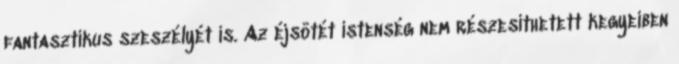
fantasztikus szeszélyét is. Az éjsötét istenség nem részesíthetett kegyeiben